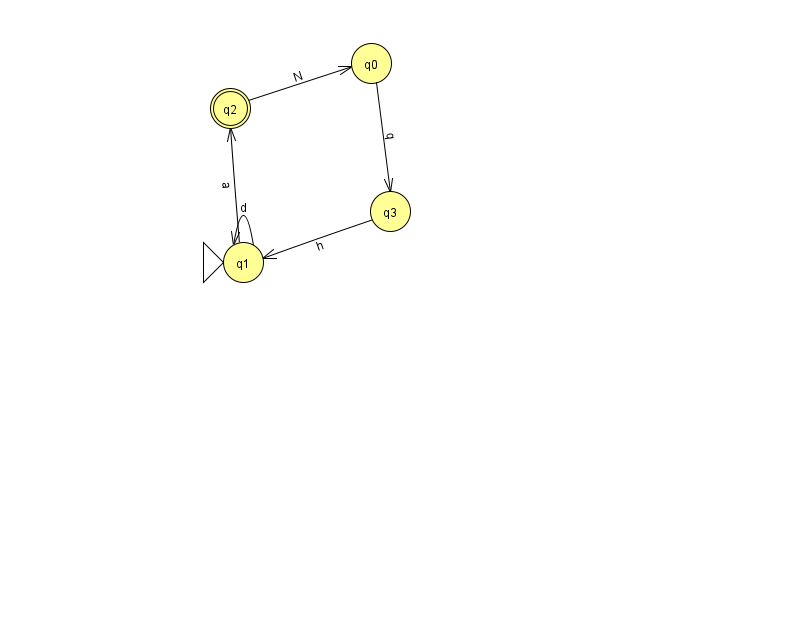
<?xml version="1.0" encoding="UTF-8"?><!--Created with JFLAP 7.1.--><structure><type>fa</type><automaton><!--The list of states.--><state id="0" name="q0"><x>371.0</x><y>50.0</y></state><state id="1" name="q1"><x>243.0</x><y>249.0</y><initial/></state><state id="2" name="q2"><x>230.0</x><y>95.0</y><final/></state><state id="3" name="q3"><x>390.0</x><y>198.0</y></state><!--The list of transitions.--><transition><from>1</from><to>1</to><read>d</read></transition><transition><from>0</from><to>3</to><read>q</read></transition><transition><from>1</from><to>2</to><read>a</read></transition><transition><from>2</from><to>0</to><read>N</read></transition><transition><from>3</from><to>1</to><read>h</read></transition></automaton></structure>